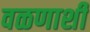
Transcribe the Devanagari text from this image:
वळणाशी